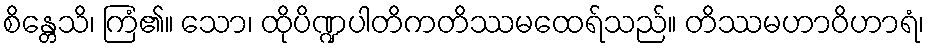
စိန္တေသိ၊ ကြံ၏။ သော၊ ထိုပိဏ္ဍပါတိကတိဿမထေရ်သည်။ တိဿမဟာဝိဟာရံ၊